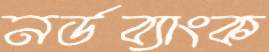
নর্ডব্যাংক